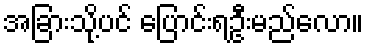
အခြားသို့ပင် ပြောင်းရဦးမည်လော။